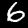
Digit: 6